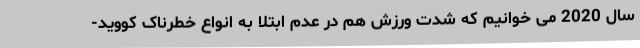
سال 2020 می خوانیم که شدت ورزش هم در عدم ابتلا به انواع خطرناک کووید-